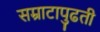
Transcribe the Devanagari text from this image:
सम्राटापुढती